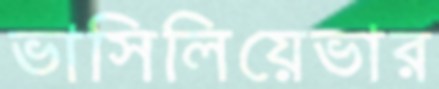
ভাসিলিয়েভার